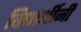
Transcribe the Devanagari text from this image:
विद्यार्थीनी